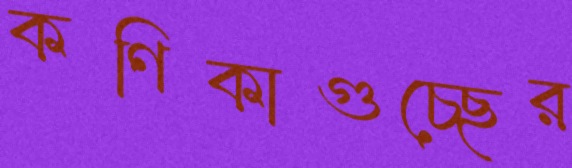
কণিকাগুচ্ছের